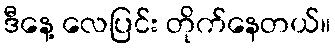
ဒီနေ့ လေပြင်း တိုက်နေတယ်။